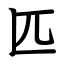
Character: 匹